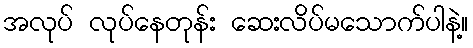
အလုပ် လုပ်နေတုန်း ဆေးလိပ်မသောက်ပါနဲ့။